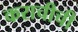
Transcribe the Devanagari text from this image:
कराचीची